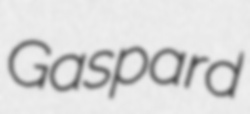
Gaspard